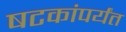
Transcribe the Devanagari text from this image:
षटकांपर्यंत